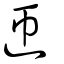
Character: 迊